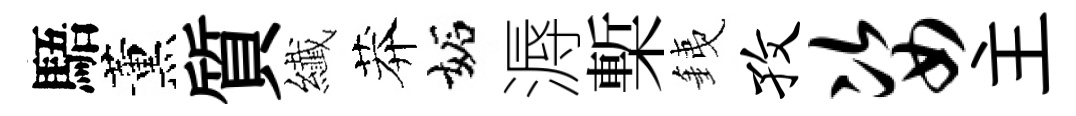
䮏薰質纎莽妬溽槧銕孜姿主